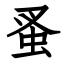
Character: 蚤